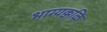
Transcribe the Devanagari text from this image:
भाग्यक्कळि